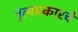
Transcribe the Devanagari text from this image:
नृत्यप्रकारचे